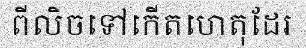
ពីលិចទៅកើតហេតុដែរ